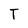
Character: T